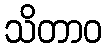
သိတာဝ